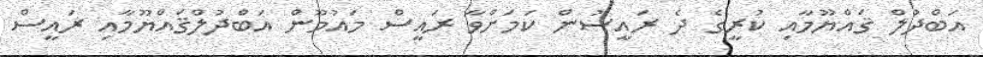
އަބްދުލް ޤައްޔޫމާއި ކުރީގެ ދެ ރައީސުން ކަމަށްވާ ރައީސް މައުމޫން އަބްދުލްޤައްޔޫމާއި ރައީސް